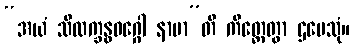
“အယံ သီလက္ခန္ဓဝဂ္ဂေါ နာမာ”တိ ကိတ္တေတွာ ဌပေသုံ။